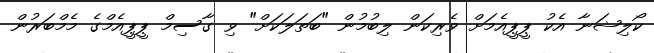
ކޯލިޝަނާ އެކު ޕީޕީއެމަށް ވެރިކަން ލިބުމުން "ބަތަލަކަށް" ވި ގާސިމް ޕީޕީއެމްގެ މެމްބަރުން